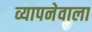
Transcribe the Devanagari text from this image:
व्यापनेवाला